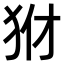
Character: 𤝦